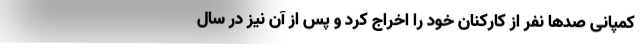
کمپانی صدها نفر از کارکنان خود را اخراج کرد و پس از آن نیز در سال